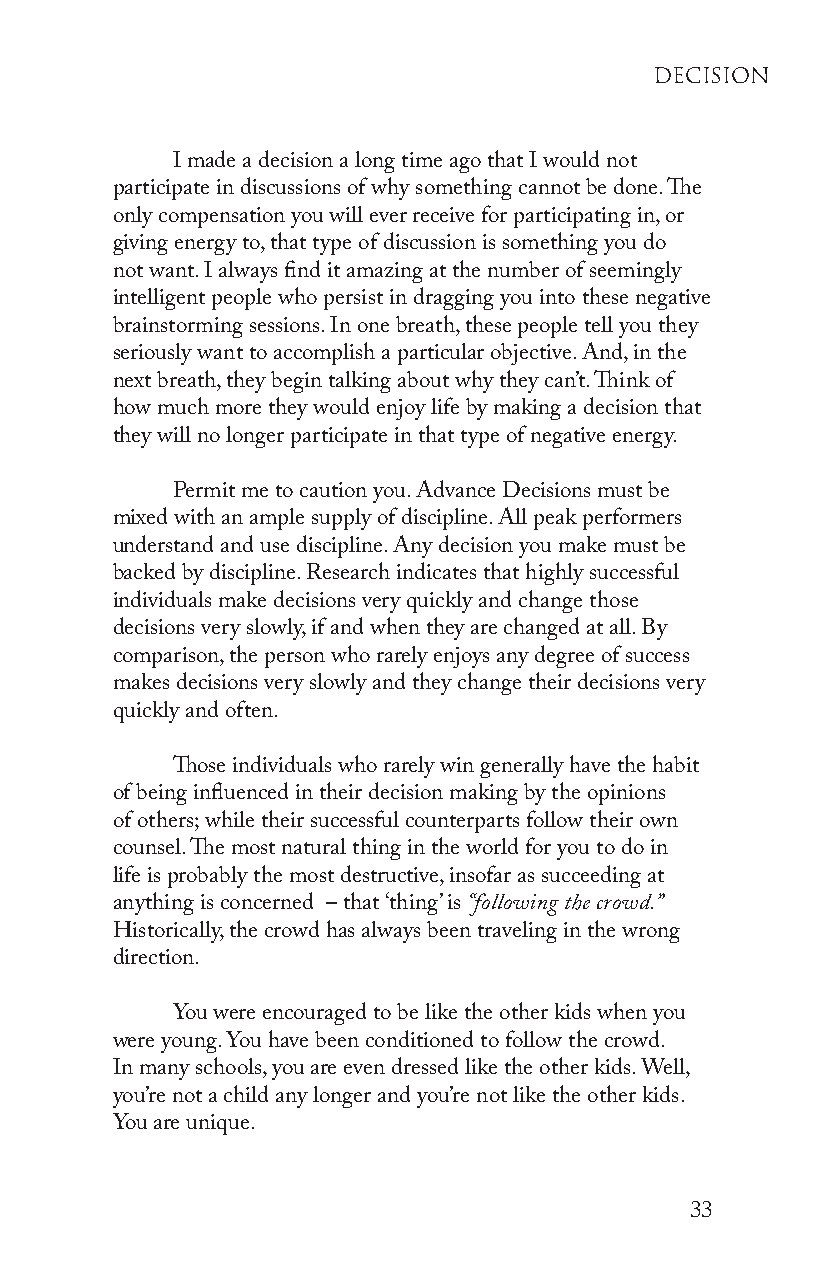
deCision
 I made a decision a long time ago that I would not
 participate in discussions of why something cannot be done. The
 only compensation you will ever receive for participating in, or
 giving energy to, that type of discussion is something you do
 not want. I always find it amazing at the number of seemingly
 intelligent people who persist in dragging you into these negative
 brainstorming sessions. In one breath, these people tell you they
 seriously want to accomplish a particular objective. And, in the
 next breath, they begin talking about why they can’t. Think of
 how much more they would enjoy life by making a decision that
 they will no longer participate in that type of negative energy.
 Permit me to caution you. Advance Decisions must be
 mixed with an ample supply of discipline. All peak performers
 understand and use discipline. Any decision you make must be
 backed by discipline. Research indicates that highly successful
 individuals make decisions very quickly and change those
 decisions very slowly, if and when they are changed at all. By
 comparison, the person who rarely enjoys any degree of success
 makes decisions very slowly and they change their decisions very
 quickly and often.
 Those individuals who rarely win generally have the habit
 of being influenced in their decision making by the opinions
 of others; while their successful counterparts follow their own
 counsel. The most natural thing in the world for you to do in
 life is probably the most destructive, insofar as succeeding at
 anything is concerned – that ‘thing’ is “following the crowd.”
 Historically, the crowd has always been traveling in the wrong
 direction.
 You were encouraged to be like the other kids when you
 were young. You have been conditioned to follow the crowd.
 In many schools, you are even dressed like the other kids. Well,
 you’re not a child any longer and you’re not like the other kids.
 You are unique.
 33